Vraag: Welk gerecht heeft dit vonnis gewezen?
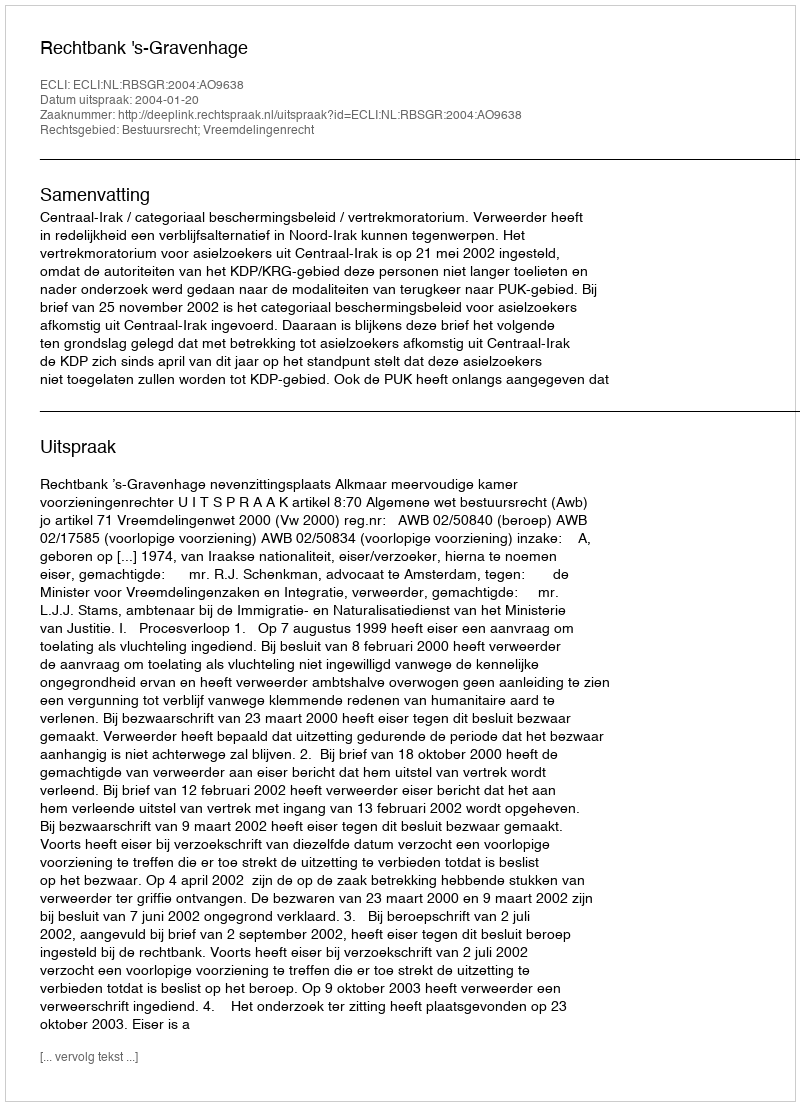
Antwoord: Rechtbank 's-Gravenhage